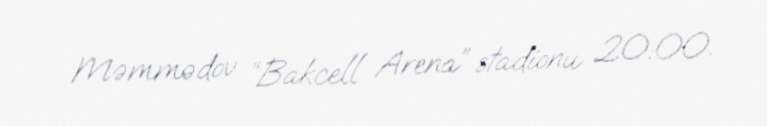
Məmmədov “Bakcell Arena” stadionu 20:00.